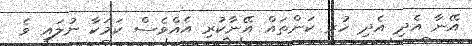
އޭނާ އެދި އެދި ހުރި ކަންތައް އޭނާކުރި އެއްވެސް ކަމަކާ ނުލައި ވެ